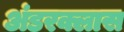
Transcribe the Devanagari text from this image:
अंडरक्लास